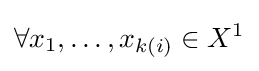
\forall x_{1},\ldots ,x_{k(i)}\in X^{1}